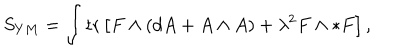
S _ { Y M } = \int \mathrm { t r } \left[ F \wedge ( d A + A \wedge A ) + \lambda ^ { 2 } F \wedge * F \right] , \label l